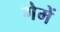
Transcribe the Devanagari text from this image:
गेमें